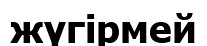
жүгірмей